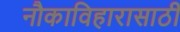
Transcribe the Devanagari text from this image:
नौकाविहारासाठी